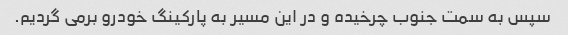
سپس به سمت جنوب چرخیده و در این مسیر به پارکینگ خودرو برمی گردیم.